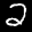
Label: 2